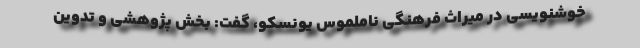
خوشنویسی در میراث فرهنگی ناملموس یونسکو، گفت: بخش پژوهشی و تدوین